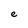
Character: e